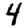
Digit: 4